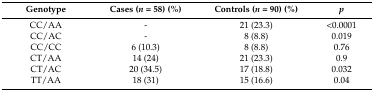
<table><thead><tr><td><b>Genotype</b></td><td><b>Cases (<i>n</i> = 58) (%)</b></td><td><b>Controls (<i>n</i> = 90) (%)</b></td><td><b><i>p</i></b></td></tr></thead><tbody><tr><td>CC/AA</td><td>-</td><td>21 (23.3)</td><td>&lt;0.0001</td></tr><tr><td>CC/AC</td><td>-</td><td>8 (8.8)</td><td>0.019</td></tr><tr><td>CC/CC</td><td>6 (10.3)</td><td>8 (8.8)</td><td>0.76</td></tr><tr><td>CT/AA</td><td>14 (24)</td><td>21 (23.3)</td><td>0.9</td></tr><tr><td>CT/AC</td><td>20 (34.5)</td><td>17 (18.8)</td><td>0.032</td></tr><tr><td>TT/AA</td><td>18 (31)</td><td>15 (16.6)</td><td>0.04</td></tr></tbody></table>